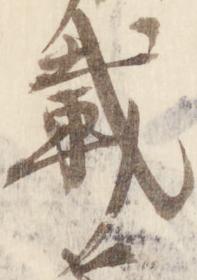
載